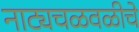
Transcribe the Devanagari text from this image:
नाट्यचळवळीचे